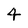
Character: 4